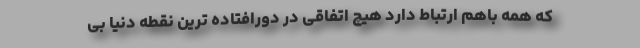
که همه باهم ارتباط دارد هیچ اتفاقی در دورافتاده ترین نقطه دنیا بی